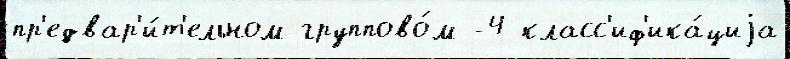
пр'едвар'и́т'ельном группово́м -4 класс'иф'ика́циjа